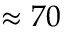
\approx 7 0